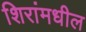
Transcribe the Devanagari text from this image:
शिरांमधील